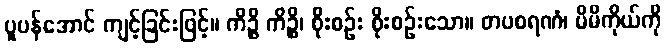
ပူပန်အောင် ကျင့်ခြင်းဖြင့်။ ကိဉ္စိ ကိဉ္စိ၊ စိုးစဉ်း စိုးစဉ်းသော။ တပစရဏံ၊ မိမိကိုယ်ကို